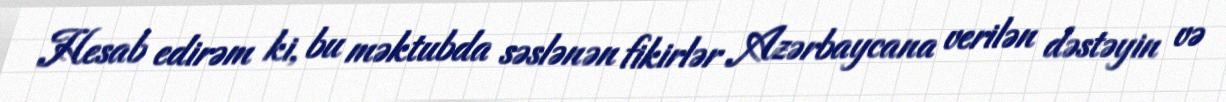
Hesab edirəm ki, bu məktubda səslənən fikirlər Azərbaycana verilən dəstəyin və